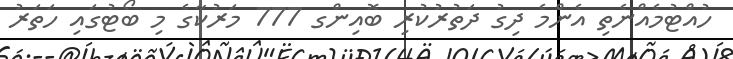
ހުއްޓުމެއްނެތި އެންމެ ދިގު ދަތުރުކުރި ބޮއިންގ 777 މަރުކާގެ މި ބޯޓުގައި ހަތަރު